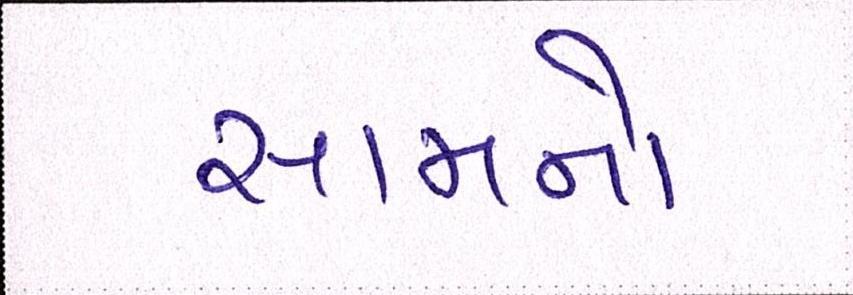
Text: સામનો